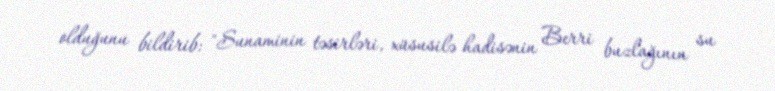
olduğunu bildirib: "Sunaminin təsirləri, xüsusilə hadisənin Berri buzlağının su